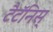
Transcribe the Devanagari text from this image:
टैटॅनिस्